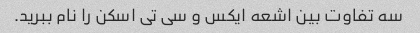
سه تفاوت بین اشعه ایکس و سی تی اسکن را نام ببرید.